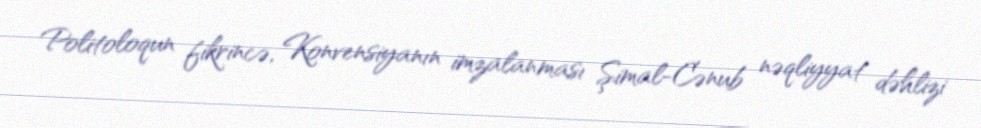
Politoloqun fikrincə, Konvensiyanın imzalanması Şimal-Cənub nəqliyyat dəhlizi